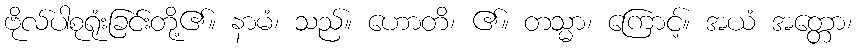
ဗိုလ်ပါစုရုံးခြင်းတို့၏။ နာမံ၊ သည်။ ဟောတိ၊ ၏။ တသ္မာ၊ ကြောင့်။ အယံ အတ္တော၊